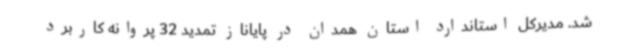
شد. مدیرکل استاندارد استان همدان در پایاناز تمدید 32 پروانه کاربرد